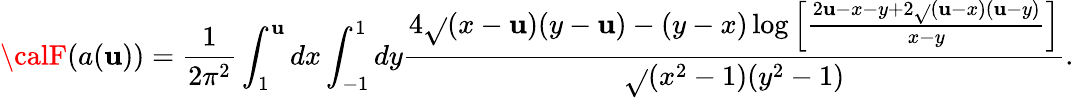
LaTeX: {\calF}(a(\mathbf{u}))={\frac{{1}}{{2\pi^{2}}}}\int_{1}^{\mathbf{u}}dx\int_{-1}^{1}dy{\frac{{4\sqrt{}{{(x-\mathbf{u})(y-\mathbf{u})}}-(y-x)\log\left[{\frac{{2\mathbf{u}-x-y+2\sqrt{}{{(\mathbf{u}-x)(\mathbf{u}-y)}}}}{{x-y}}}\right]}}{{\sqrt{}{{(x^{2}-1)(y^{2}-1)}}}}}.